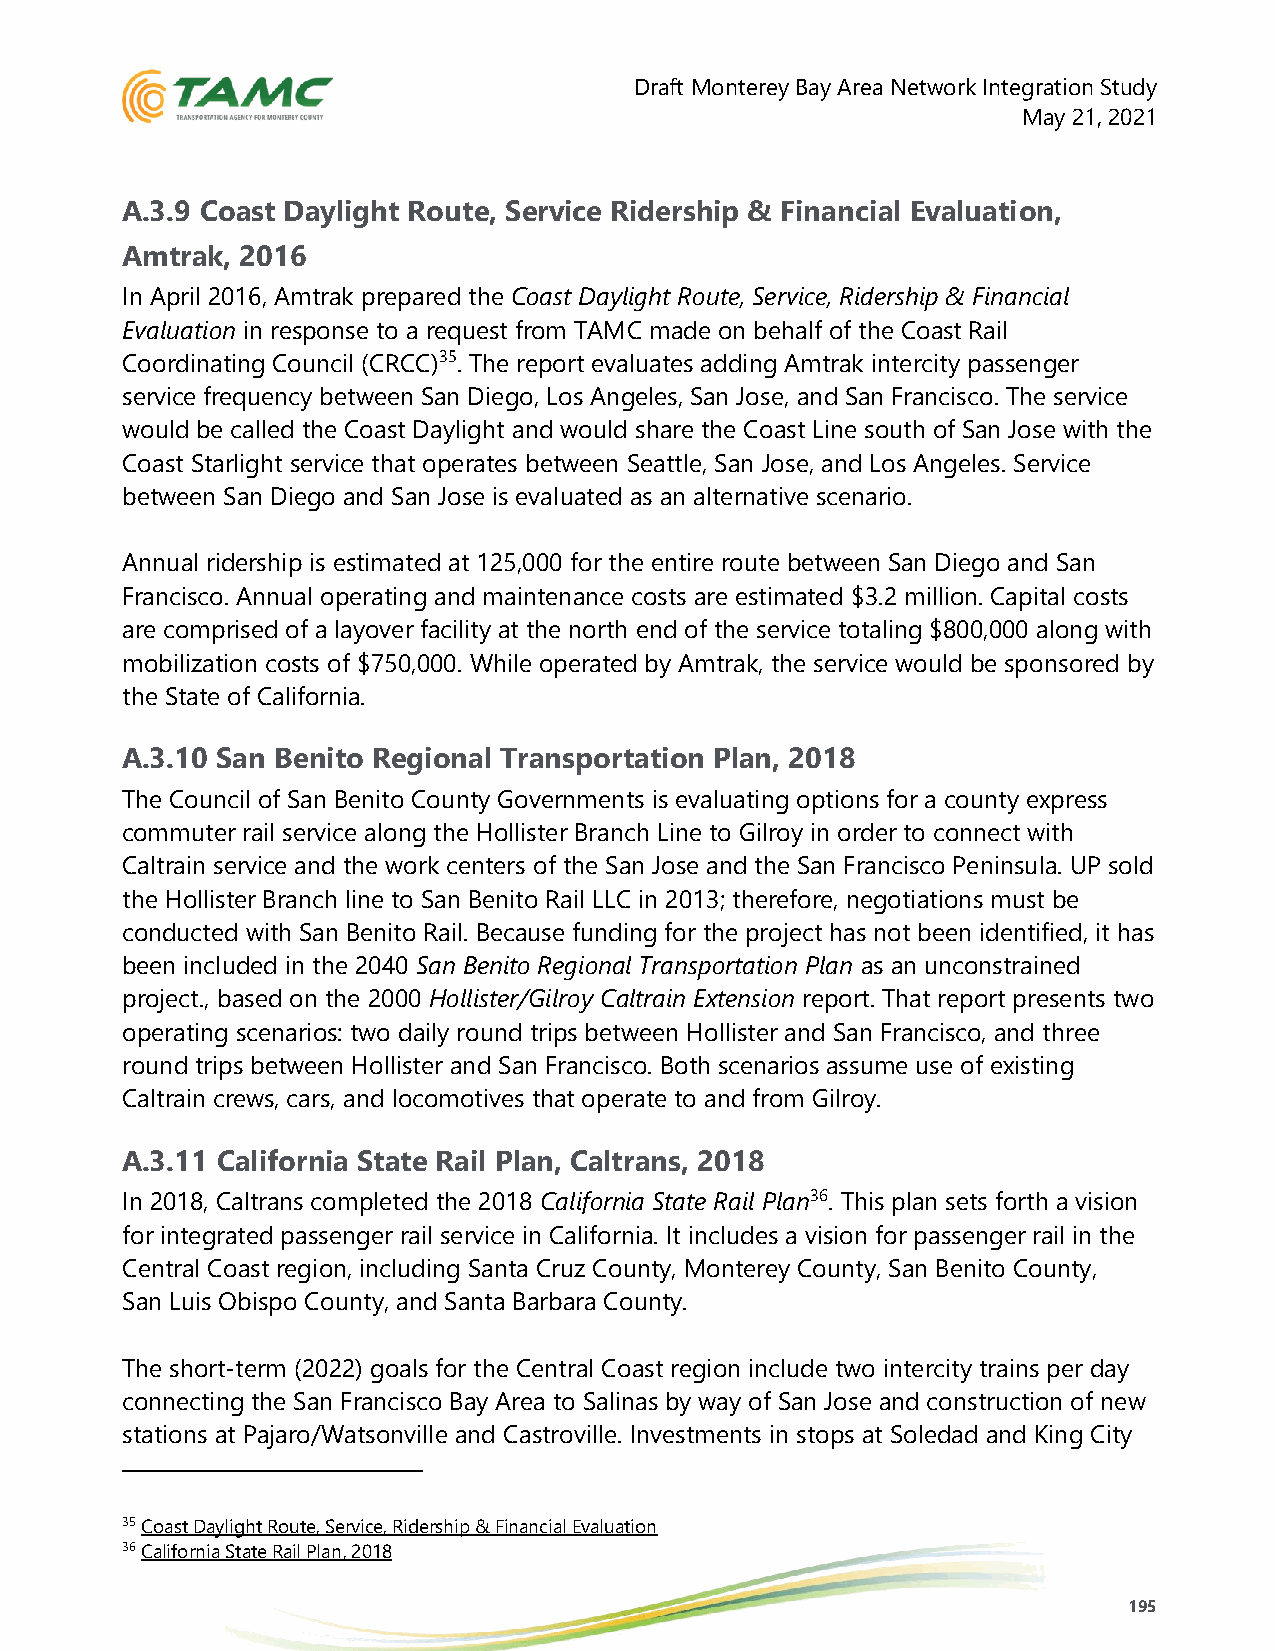
Draft Monterey Bay Area Network Integration Study
 May 21, 2021
 A.3.9 Coast Daylight Route, Service Ridership & Financial Evaluation,
 Amtrak, 2016
 In April 2016, Amtrak prepared the Coast Daylight Route, Service, Ridership & Financial
 Evaluation in response to a request from TAMC made on behalf of the Coast Rail
 Coordinating Council (CRCC)35. The report evaluates adding Amtrak intercity passenger
 service frequency between San Diego, Los Angeles, San Jose, and San Francisco. The service
 would be called the Coast Daylight and would share the Coast Line south of San Jose with the
 Coast Starlight service that operates between Seattle, San Jose, and Los Angeles. Service
 between San Diego and San Jose is evaluated as an alternative scenario.
 Annual ridership is estimated at 125,000 for the entire route between San Diego and San
 Francisco. Annual operating and maintenance costs are estimated $3.2 million. Capital costs
 are comprised of a layover facility at the north end of the service totaling $800,000 along with
 mobilization costs of $750,000. While operated by Amtrak, the service would be sponsored by
 the State of California.
 A.3.10 San Benito Regional Transportation Plan, 2018
 The Council of San Benito County Governments is evaluating options for a county express
 commuter rail service along the Hollister Branch Line to Gilroy in order to connect with
 Caltrain service and the work centers of the San Jose and the San Francisco Peninsula. UP sold
 the Hollister Branch line to San Benito Rail LLC in 2013; therefore, negotiations must be
 conducted with San Benito Rail. Because funding for the project has not been identified, it has
 been included in the 2040 San Benito Regional Transportation Plan as an unconstrained
 project., based on the 2000 Hollister/Gilroy Caltrain Extension report. That report presents two
 operating scenarios: two daily round trips between Hollister and San Francisco, and three
 round trips between Hollister and San Francisco. Both scenarios assume use of existing
 Caltrain crews, cars, and locomotives that operate to and from Gilroy.
 A.3.11 California State Rail Plan, Caltrans, 2018
 In 2018, Caltrans completed the 2018 California State Rail Plan36. This plan sets forth a vision
 for integrated passenger rail service in California. It includes a vision for passenger rail in the
 Central Coast region, including Santa Cruz County, Monterey County, San Benito County,
 San Luis Obispo County, and Santa Barbara County.
 The short-term (2022) goals for the Central Coast region include two intercity trains per day
 connecting the San Francisco Bay Area to Salinas by way of San Jose and construction of new
 stations at Pajaro/Watsonville and Castroville. Investments in stops at Soledad and King City
 35 Coast Daylight Route, Service, Ridership & Financial Evaluation
 36 California State Rail Plan, 2018
 195